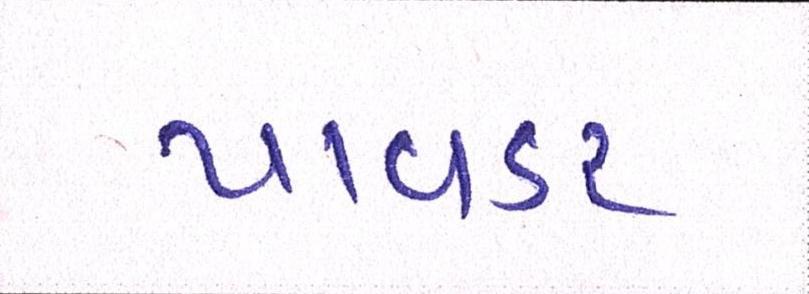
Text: પાવડર